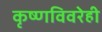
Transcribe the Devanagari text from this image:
कृष्णविवरेही